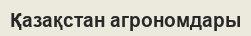
Қазақстан агрономдары